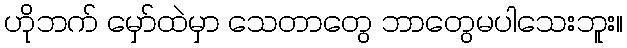
ဟိုဘက် မှော်ထဲမှာ သေတာတွေ ဘာတွေမပါသေးဘူး။